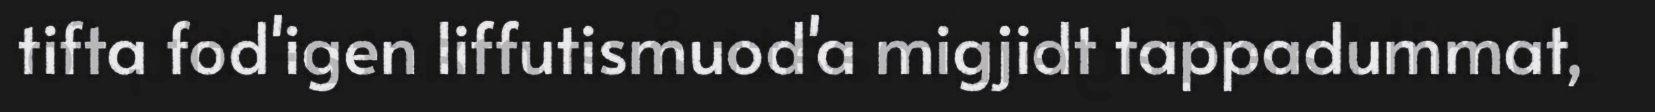
tifta fod'igen liffutismuod'a migjidt tappadummat,